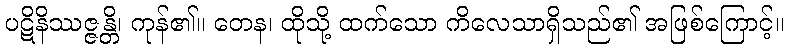
ပဋိနိဿဇ္ဇန္တိ၊ ကုန်၏။ တေန၊ ထိုသို့ ထက်သော ကိလေသာရှိသည်၏ အဖြစ်ကြောင့်။